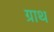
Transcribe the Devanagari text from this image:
ग्राथ